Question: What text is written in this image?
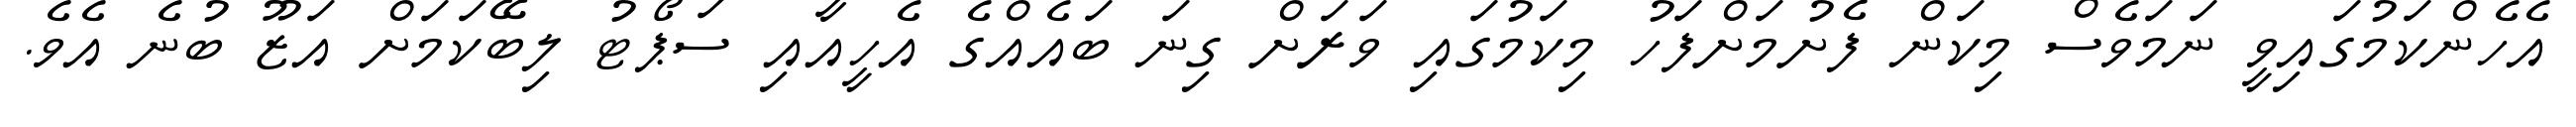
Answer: އެހެންކަމުގައިވީ ނަމަވެސް މިކަން ފެށުމަށްފަހު މިކަމުގައި ވަރަށް ގިނަ ބައެއްގެ އެހީއާއި ސަޕޯޓު ލިބޭކަމަށް އަޒޫ ބުނެ އެވެ.